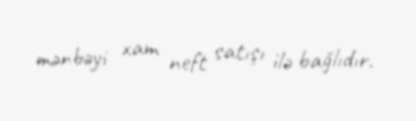
mənbəyi xam neft satışı ilə bağlıdır.